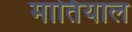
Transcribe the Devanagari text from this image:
मार्तियाल